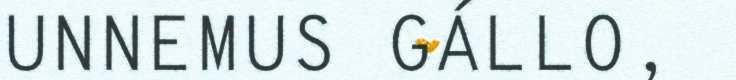
UNNEMUS GÁLLO,